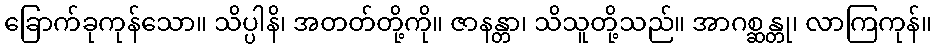
ခြောက်ခုကုန်သော။ သိပ္ပါနိ၊ အတတ်တို့ကို။ ဇာနန္တာ၊ သိသူတို့သည်။ အာဂစ္ဆန္တု၊ လာကြကုန်။